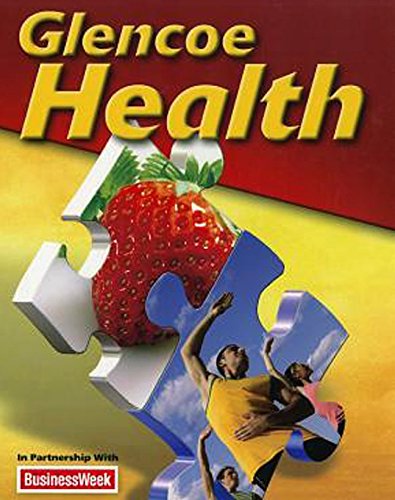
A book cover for Glencoe Health Student Edition 2011; McGraw-Hill Education; Teen & Young Adult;